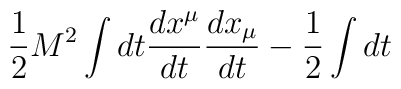
\frac{1}{2}M^2\int dt   \frac{dx^{\mu}}{dt}\frac{dx_{\mu}}{dt} - \frac{1}{2}\int dt